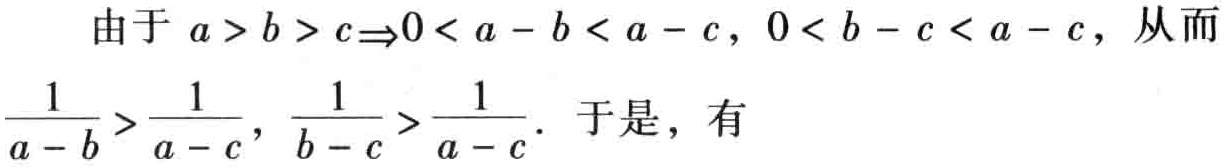
由于 \(a > b > c\Rightarrow0 < a - b < a - c\)，\(0 < b - c < a - c\)，从而\(\frac{1}{a - b}>\frac{1}{a - c}\)，\(\frac{1}{b - c}>\frac{1}{a - c}\)。于是，有